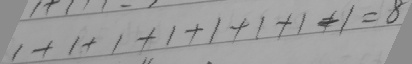
1 + 1 + 1 + 1 + 1 + 1 + 1 + 1 = 8